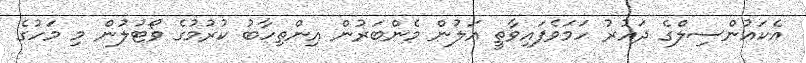
އެކައުންސިލްގެ ދައުރު ހަމަވެފައިވާތީ އަލުން މެންބަރުން އިންތިހާބު ކުރުމުގެ ވޯޓުލުން މި މަހުގެ